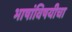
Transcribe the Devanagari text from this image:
भाषांविषयीचा